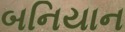
બનિયાન